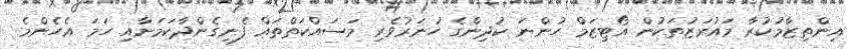
އިންތިޒާމުކުރާ މައުރަޒުތަކުން އޯޓިޒަމް ހުންނަ ކުދިންގެ ހުނަރުވެރި މަސައްކަތްތައް ފެނިގެންދާކަމަށާއި ހަމަ އެހެންމެ